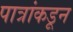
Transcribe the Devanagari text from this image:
पात्रांकडून